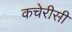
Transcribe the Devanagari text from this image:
कचेरीसी